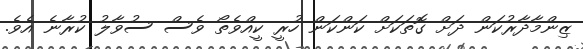
ޒިންމާދާރުކަން ދަށް ގޮތަކަށް ކަންކަން ހުރީ ކީއްވެތޯ ވެސް ސުވާލު ކުރާނެ އެވެ.